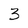
Character: 3